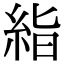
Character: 𥿻